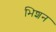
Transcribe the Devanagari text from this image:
भिशन